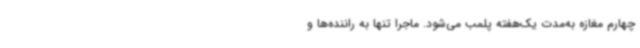
چهارم مغازه به‌مدت یک‌هفته پلمب می‌شود. ماجرا تنها به راننده‌ها و